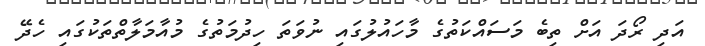
އަދި ރޯދަ އަށް ތިބެ މަސައްކަތުގެ މާހައުލުގައި ނުވަތަ ހިދުމަތުގެ މުއާމަލާތްތަކުގައި ހެދޭ